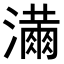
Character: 𭳓